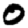
Digit: 0